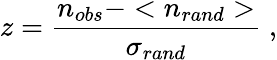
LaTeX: z=\frac{n_{obs}-<n_{rand}>}{\sigma_{rand}}\; ,